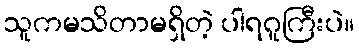
သူကမသိတာမရှိတဲ့ ပါရဂူကြီးပဲ။